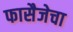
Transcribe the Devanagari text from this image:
फासैजेचा